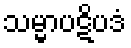
သမ္မာပဋိပဒံ